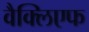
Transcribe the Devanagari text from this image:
वैक्लिएफ